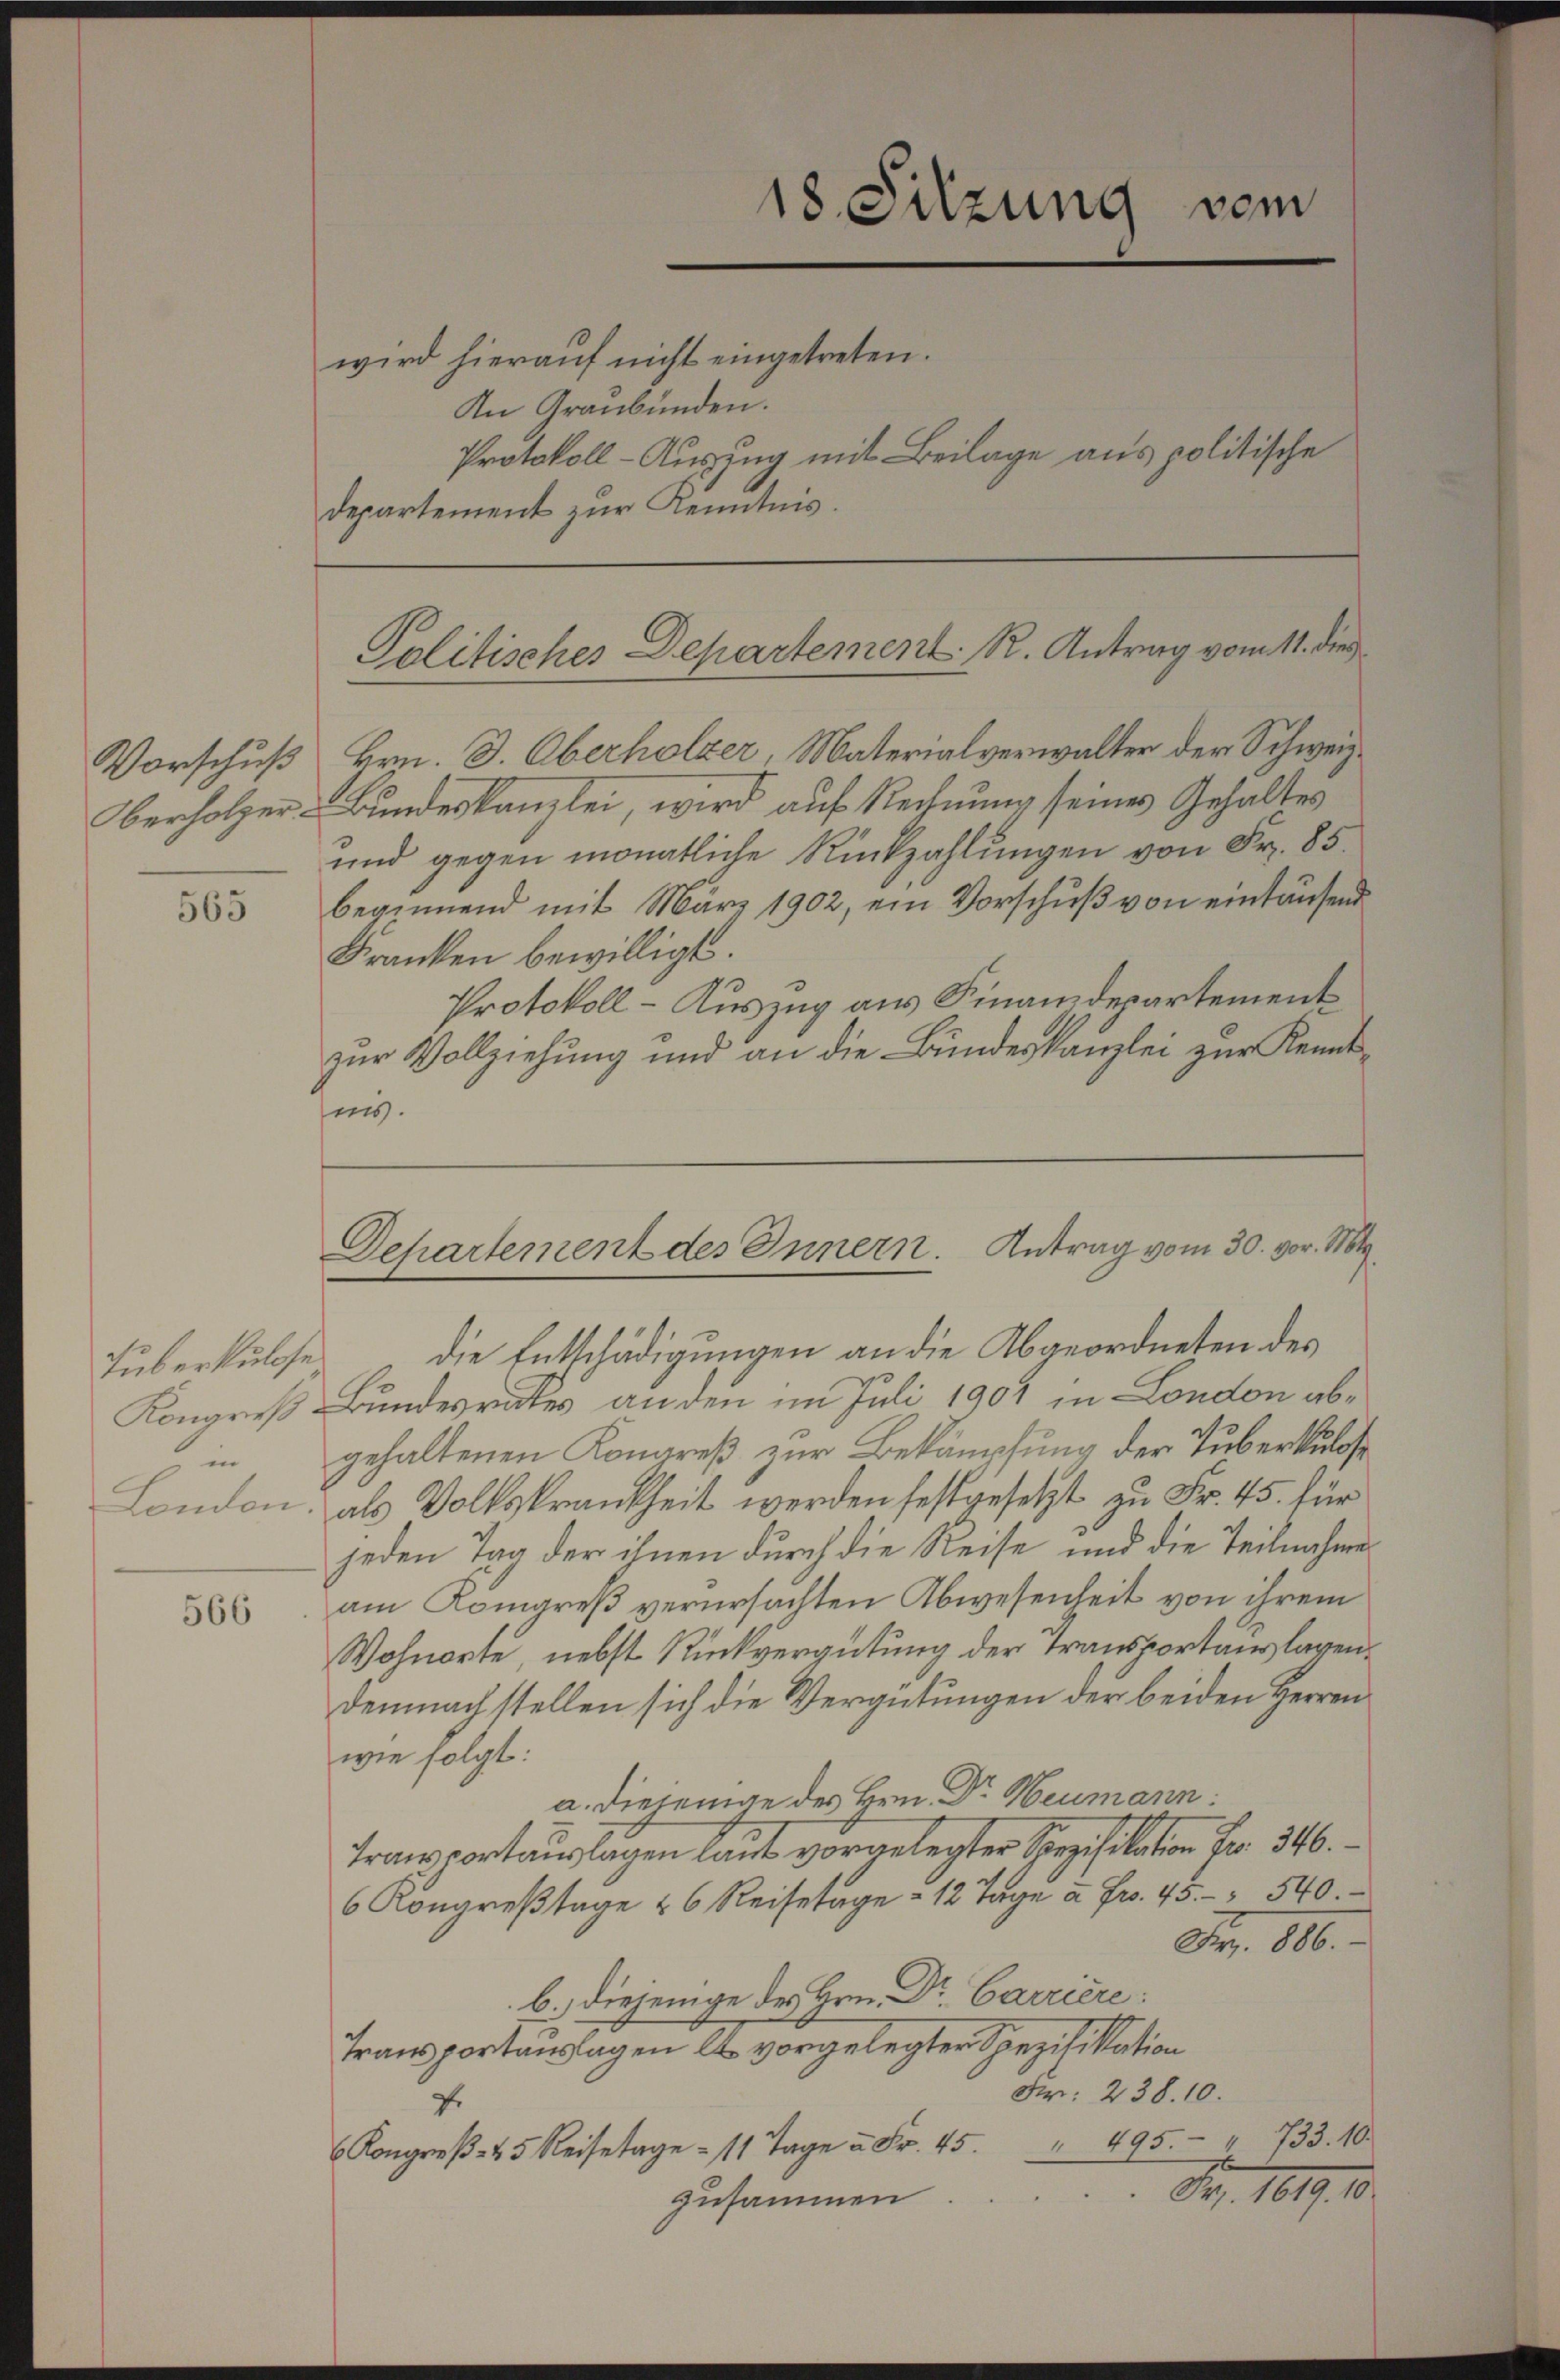
Vorschuß
Oberholzer.

565

Tuberkulose
Kongreß
in
London.

566

wird hieraŭf nicht eingetreten.
An Graubünden.
Protokoll-Auszug mit Beilage aus politische
departement zur Kenntnis.

vom
18. Sitzung

Hrn. J. Oberholzer, Materialverwalter der Schweiz.
Bundeskanzlei, wird auf Rechnung seines Gehaltes
und gegen monatliche Rückzahlungen von Fr. 85
beginnend mit März 1902, ein Vorschuß von eintausend
Franken bewilligt.
Protokoll - Auszug aus Finanzdepartement
zur Vollziehung und an die Bundeskanzlei zur Kenntis.

Politisches Departement. R. Antrag vom 11. dies

Departement des Innern. Antrag vom 30. vor. Mt

die Entschädigungen an die Abgeordneten des
Bundesrates an den im Juli 1901 in London abgehaltenen Kongreß zur Bekämpfung der Tuberkulose
als Volkskrankheit werden festgesetzt zu Fr. 45. für
jeden Tag der ihnen durch die Reise und die Teilnahme
am Kongreß verursachten Abwesenheit von ihrem
Wohnorte, nebst Rückvergütung der Transportanslagen¬
Demnach stellen sich die Vergütungen der beiden Herren
wie folgt:
a. Diejenige des Hrn. Dr Neumann:
Transportauslagen laut vorgelegter Spezifikation Fr. 346.
6 Kongreβtage 26 Reisetage 12 Tage u Fr. 45. 540.
Fr. 80.
b. diejenige des Hrn. Dr Carriere:
Transportauslagen les vorgelegter Spezifikation
Fr. 238. 10.
f
Kon Reisetage 11 Tage u. Fr. 45. " 495. " 733. 10.
Fr. 1019. 10.
zusammen